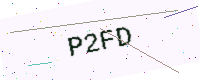
Text: P2FD